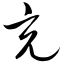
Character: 充